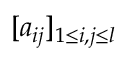
[ a _ { i j } ] _ { 1 \leq i , j \leq l }